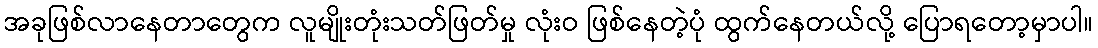
အခုဖြစ်လာနေတာတွေက လူမျိုးတုံးသတ်ဖြတ်မှု လုံးဝ ဖြစ်နေတဲ့ပုံ ထွက်နေတယ်လို့ ပြောရတော့မှာပါ။